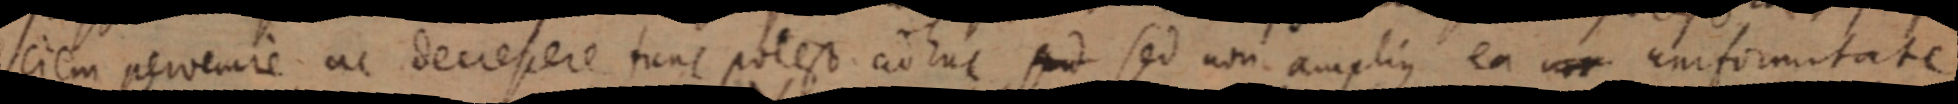
ciem pervenire ac decrescere tunc potest adhuc sed sed non amplius ea non uniformitate